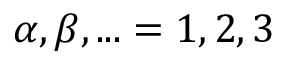
\alpha , \beta , . . . = 1 , 2 , 3